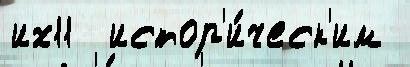
их11  истор'и́ческ'им